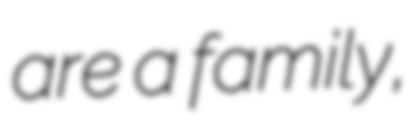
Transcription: are a family,